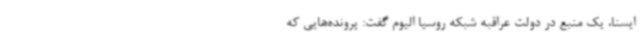
ایسنا، یک منبع در دولت عراقبه شبکه روسیا الیوم گفت: پرونده‌هایی که